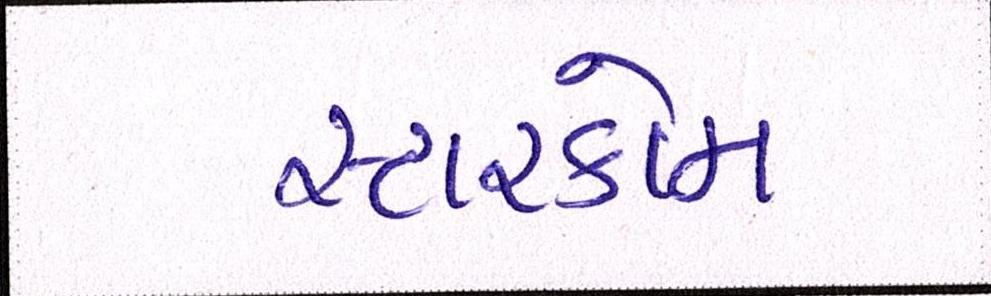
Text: સ્ટારકોમ